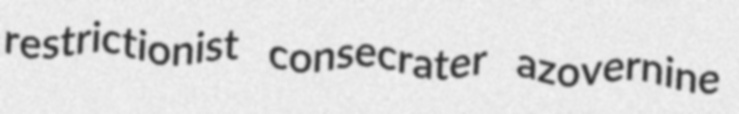
restrictionist consecrater azovernine